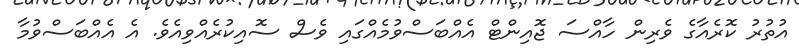
އުތުރު ކޮރެއާގެ ވެރިން ހާއްސަ ޖޮއިންޓް އެއްބަސްވުމެއްގައި ވެސް ސޮއިކުރެއްވިއެވެ. އެ އެއްބަސްވުމާ